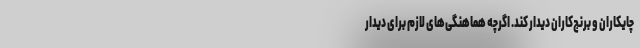
چایکاران و برنج‌کاران دیدار کند. اگرچه هماهنگی‌های لازم برای دیدار